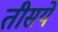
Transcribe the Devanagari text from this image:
तीसये